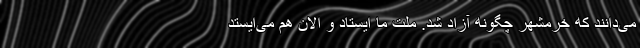
می‌دانند که خرمشهر چگونه آزاد شد. ملت ما ایستاد و الان هم می‌ایستد